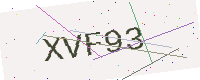
Text: XVF93